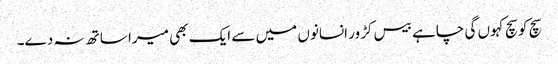
سچ کو سچ کہوں گی چاہے بیس کڑور انسانوں میں سے ایک بھی میرا ساتھ نہ دے۔